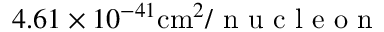
4 . 6 1 \times 1 0 ^ { - 4 1 } \mathrm { c m } ^ { 2 } / \textrm { n u c l e o n }